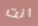
انت